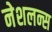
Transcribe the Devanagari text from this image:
नेशलन्स